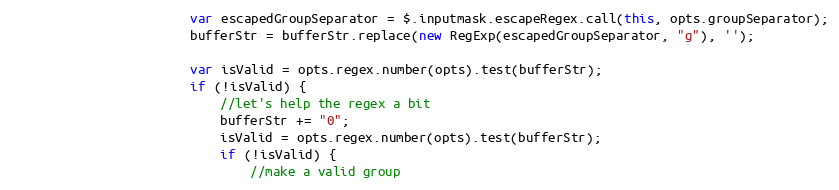
Language: JavaScript
                        var escapedGroupSeparator = $.inputmask.escapeRegex.call(this, opts.groupSeparator);
                        bufferStr = bufferStr.replace(new RegExp(escapedGroupSeparator, "g"), '');

                        var isValid = opts.regex.number(opts).test(bufferStr);
                        if (!isValid) {
                            //let's help the regex a bit
                            bufferStr += "0";
                            isValid = opts.regex.number(opts).test(bufferStr);
                            if (!isValid) {
                                //make a valid group